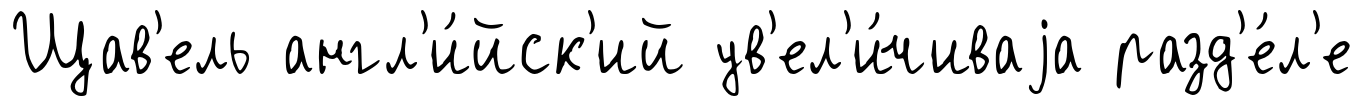
Щав'ель англ'и́йск'ий ув'ел'и́чиваjа разд'е́л'е